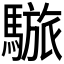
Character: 𩥜